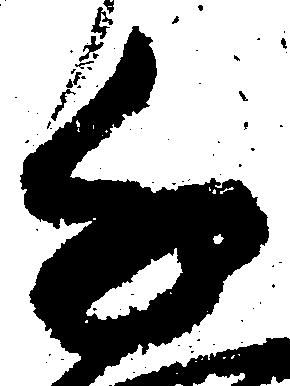
千